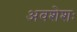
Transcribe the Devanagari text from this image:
अवशेशः